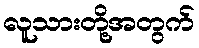
လူသားတို့အတွက်